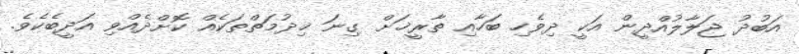
އަބުދު ޖަލާލުއްދީން އަކީ ދިވެހި ބަހާއި ތާރީޚަށް ގިނަ ޚިދުމަތްތަކެއް ކޮށްދެއްވި އަދީބެކެވެ.